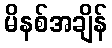
မိနစ်အချိန်